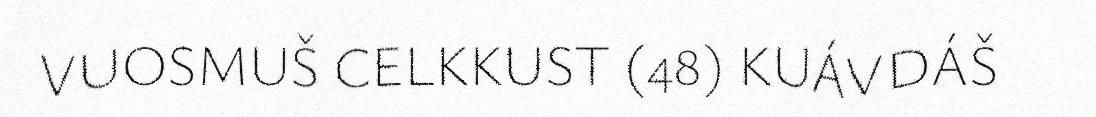
VUOSMUŠ CELKKUST (48) KUÁVDÁŠ